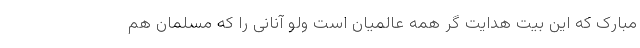
مبارک که این بیت هدایت گر همه عالمیان است ولو آنانی را که مسلمان هم